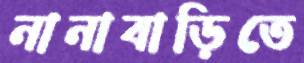
নানাবাড়িতে